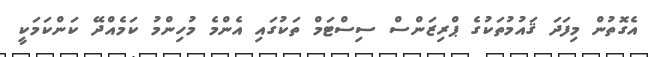
އެގޮތުން މިފަދަ ޤައުމުތަކުގެ ޕްރިޒަންސް ސިސްޓަމް ތަކުގައި އެންމެ މުހިންމު ކަމެއްދޭ ކަންކަަމަކީ